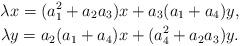
LaTeX: \begin{gather*} \lambda x=(a_1^2+a_2a_3)x+a_3(a_1+a_4)y, \\ \lambda y = a_2(a_1+a_4)x+(a_4^2+a_2a_3)y. \end{gather*}